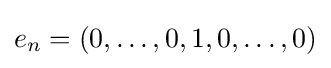
e_{n}=(0,\ldots ,0,1,0,\ldots ,0)